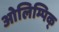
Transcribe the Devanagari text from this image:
ओलिम्पिक्